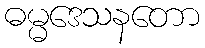
ဓမ္မဒေသနတော